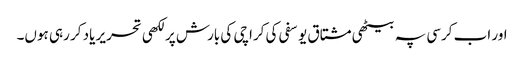
اور اب کرسی پہ بیٹھی مشتاق یوسفی کی کراچی کی بارش پر لکھی تحریر یاد کر رہی ہوں۔